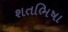
શતભિષા